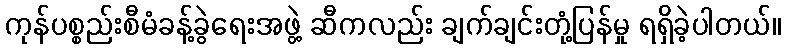
ကုန်ပစ္စည်းစီမံခန့်ခွဲရေးအဖွဲ့ ဆီကလည်း ချက်ချင်းတုံ့ပြန်မှု ရရှိခဲ့ပါတယ်။